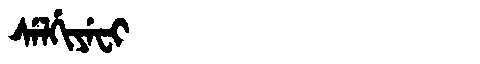
Manchu: ᠰᡝᠯᡤᡳᠶᡝᠸᡳ
Romanization: SELGIYEFI